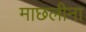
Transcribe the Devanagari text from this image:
माछलीना